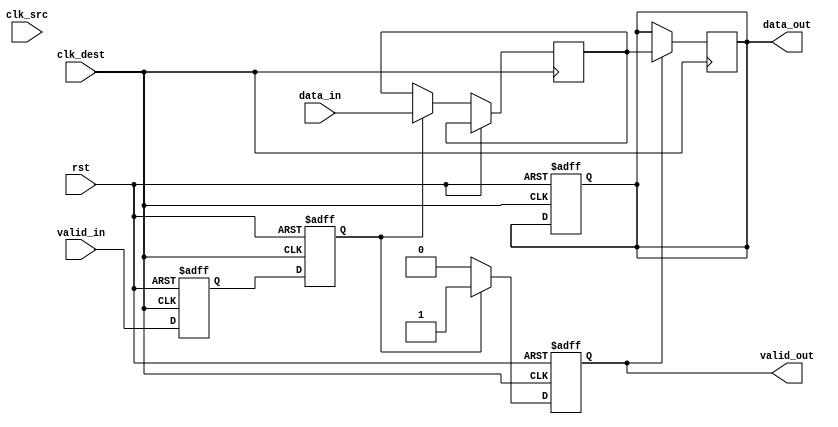
module HandshakeSynchronizer #(
    parameter DATA_WIDTH = 8 // Parameter for data width
)(
    input  wire [DATA_WIDTH-1:0] data_in,    // Data input from source clock domain
    input  wire valid_in,                     // Valid signal for data input
    input  wire clk_src,                      // Clock for source domain
    input  wire clk_dest,                     // Clock for destination domain
    input  wire rst,                          // Reset signal
    output reg [DATA_WIDTH-1:0] data_out,    // Synchronized data output
    output reg valid_out                      // Valid signal for synchronized data output
);

    // Internal signals for synchronization
    reg valid_in_sync_1, valid_in_sync_2;
    reg [DATA_WIDTH-1:0] data_reg;

    // Dual flip-flop synchronizer for valid_in
    always @(posedge clk_dest or posedge rst) begin
        if (rst) begin
            valid_in_sync_1 <= 1'b0;
            valid_in_sync_2 <= 1'b0;
        end else begin
            valid_in_sync_1 <= valid_in;        // First flip-flop
            valid_in_sync_2 <= valid_in_sync_1; // Second flip-flop
        end
    end

    // Data transfer logic
    always @(posedge clk_dest or posedge rst) begin
        if (rst) begin
            data_out <= {DATA_WIDTH{1'b0}};
            valid_out <= 1'b0;
        end else begin
            if (valid_in_sync_2) begin
                data_reg <= data_in; // Latch the data when valid_in is synchronized
                valid_out <= 1'b1;    // Assert valid_out
            end else begin
                valid_out <= 1'b0;    // Deassert valid_out when valid_in is not asserted
            end
        end
    end

    // Output the synchronized data
    always @(posedge clk_dest) begin
        if (valid_out) begin
            data_out <= data_reg; // Update data_out when valid_out is asserted
        end
    end

endmodule